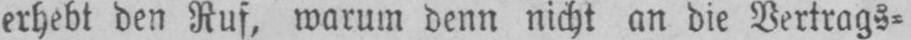
erhebt den Ruf, warum denn nicht an die Vertrags⸗